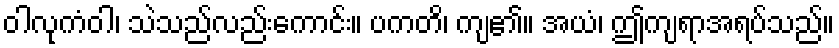
ဝါလုကံဝါ၊ သဲသည်လည်းကောင်း။ ပကတိ၊ ကျ၏။ အယံ၊ ဤကျရာအရပ်သည်။